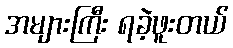
အများကြီး ရခဲ့ဖူးတယ်